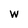
Character: w